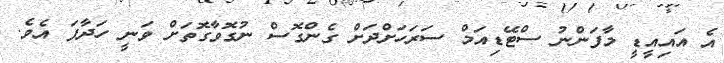
އެ އައިއީޑީ މާފަންނު ސްޓޭޑިއަމް ސަރަހަށްދަށް ގެންގޮސް ނުގޮވާގޮތަށް ވަނީ ހަދާފަ އެވެ.